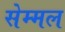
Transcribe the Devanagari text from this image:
सेम्मल